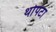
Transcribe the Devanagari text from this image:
थोपटा